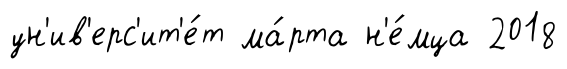
ун'ив'ерс'ит'е́т ма́рта н'е́мца 2018